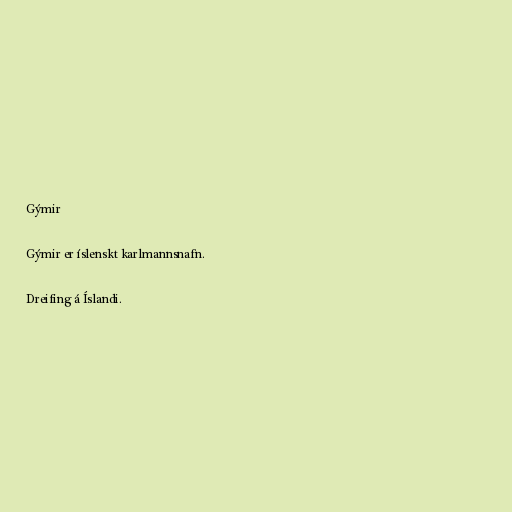
Gýmir

Gýmir er íslenskt karlmannsnafn.

Dreifing á Íslandi.